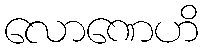
လောဏေဟိ